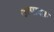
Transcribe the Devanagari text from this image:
उत्पादक़